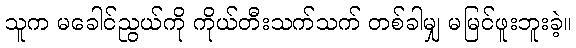
သူက မခေါင်ညွယ်ကို ကိုယ်တီးသက်သက် တစ်ခါမျှ မမြင်ဖူးဘူးခဲ့။